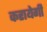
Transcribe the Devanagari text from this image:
करायेगी